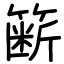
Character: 簖